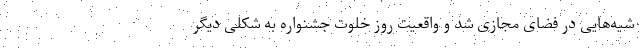
شیه‌هایی در فضای مجازی شد و واقعیت روز خلوت جشنواره به شکلی دیگر